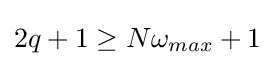
2q+1\geq N\omega _{max}+1